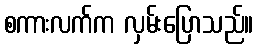
စကားလက်က လှမ်းပြောသည်။